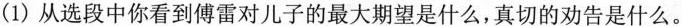
(1)从选段中你看到傅雷对儿子的最大期望是什么，真切的劝告是什么。